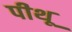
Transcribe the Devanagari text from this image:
पीथू